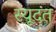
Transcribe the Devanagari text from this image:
स्यूदत